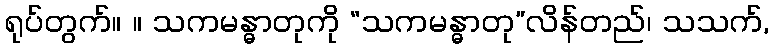
ရုပ်တွက်။ ။ သကမန္ဓာတုကို “သကမန္ဓာတု”လိန်တည်၊ သသက်,